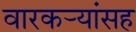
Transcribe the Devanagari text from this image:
वारकर्‍यांसह